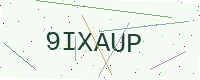
Text: 9IXAUP